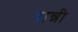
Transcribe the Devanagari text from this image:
रान्नी